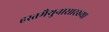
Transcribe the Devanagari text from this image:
हस्तमैथुनासारख्या